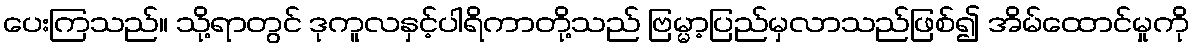
ပေးကြသည်။ သို့ရာတွင် ဒုကူလနှင့်ပါရိကာတို့သည် ဗြမ္မာ့ပြည်မှလာသည်ဖြစ်၍ အိမ်ထောင်မှုကို